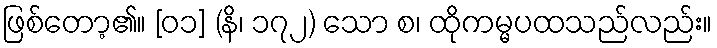
ဖြစ်တော့၏။ [၀၁] (နိ၊ ၁၇၂) သော စ၊ ထိုကမ္မပထသည်လည်း။